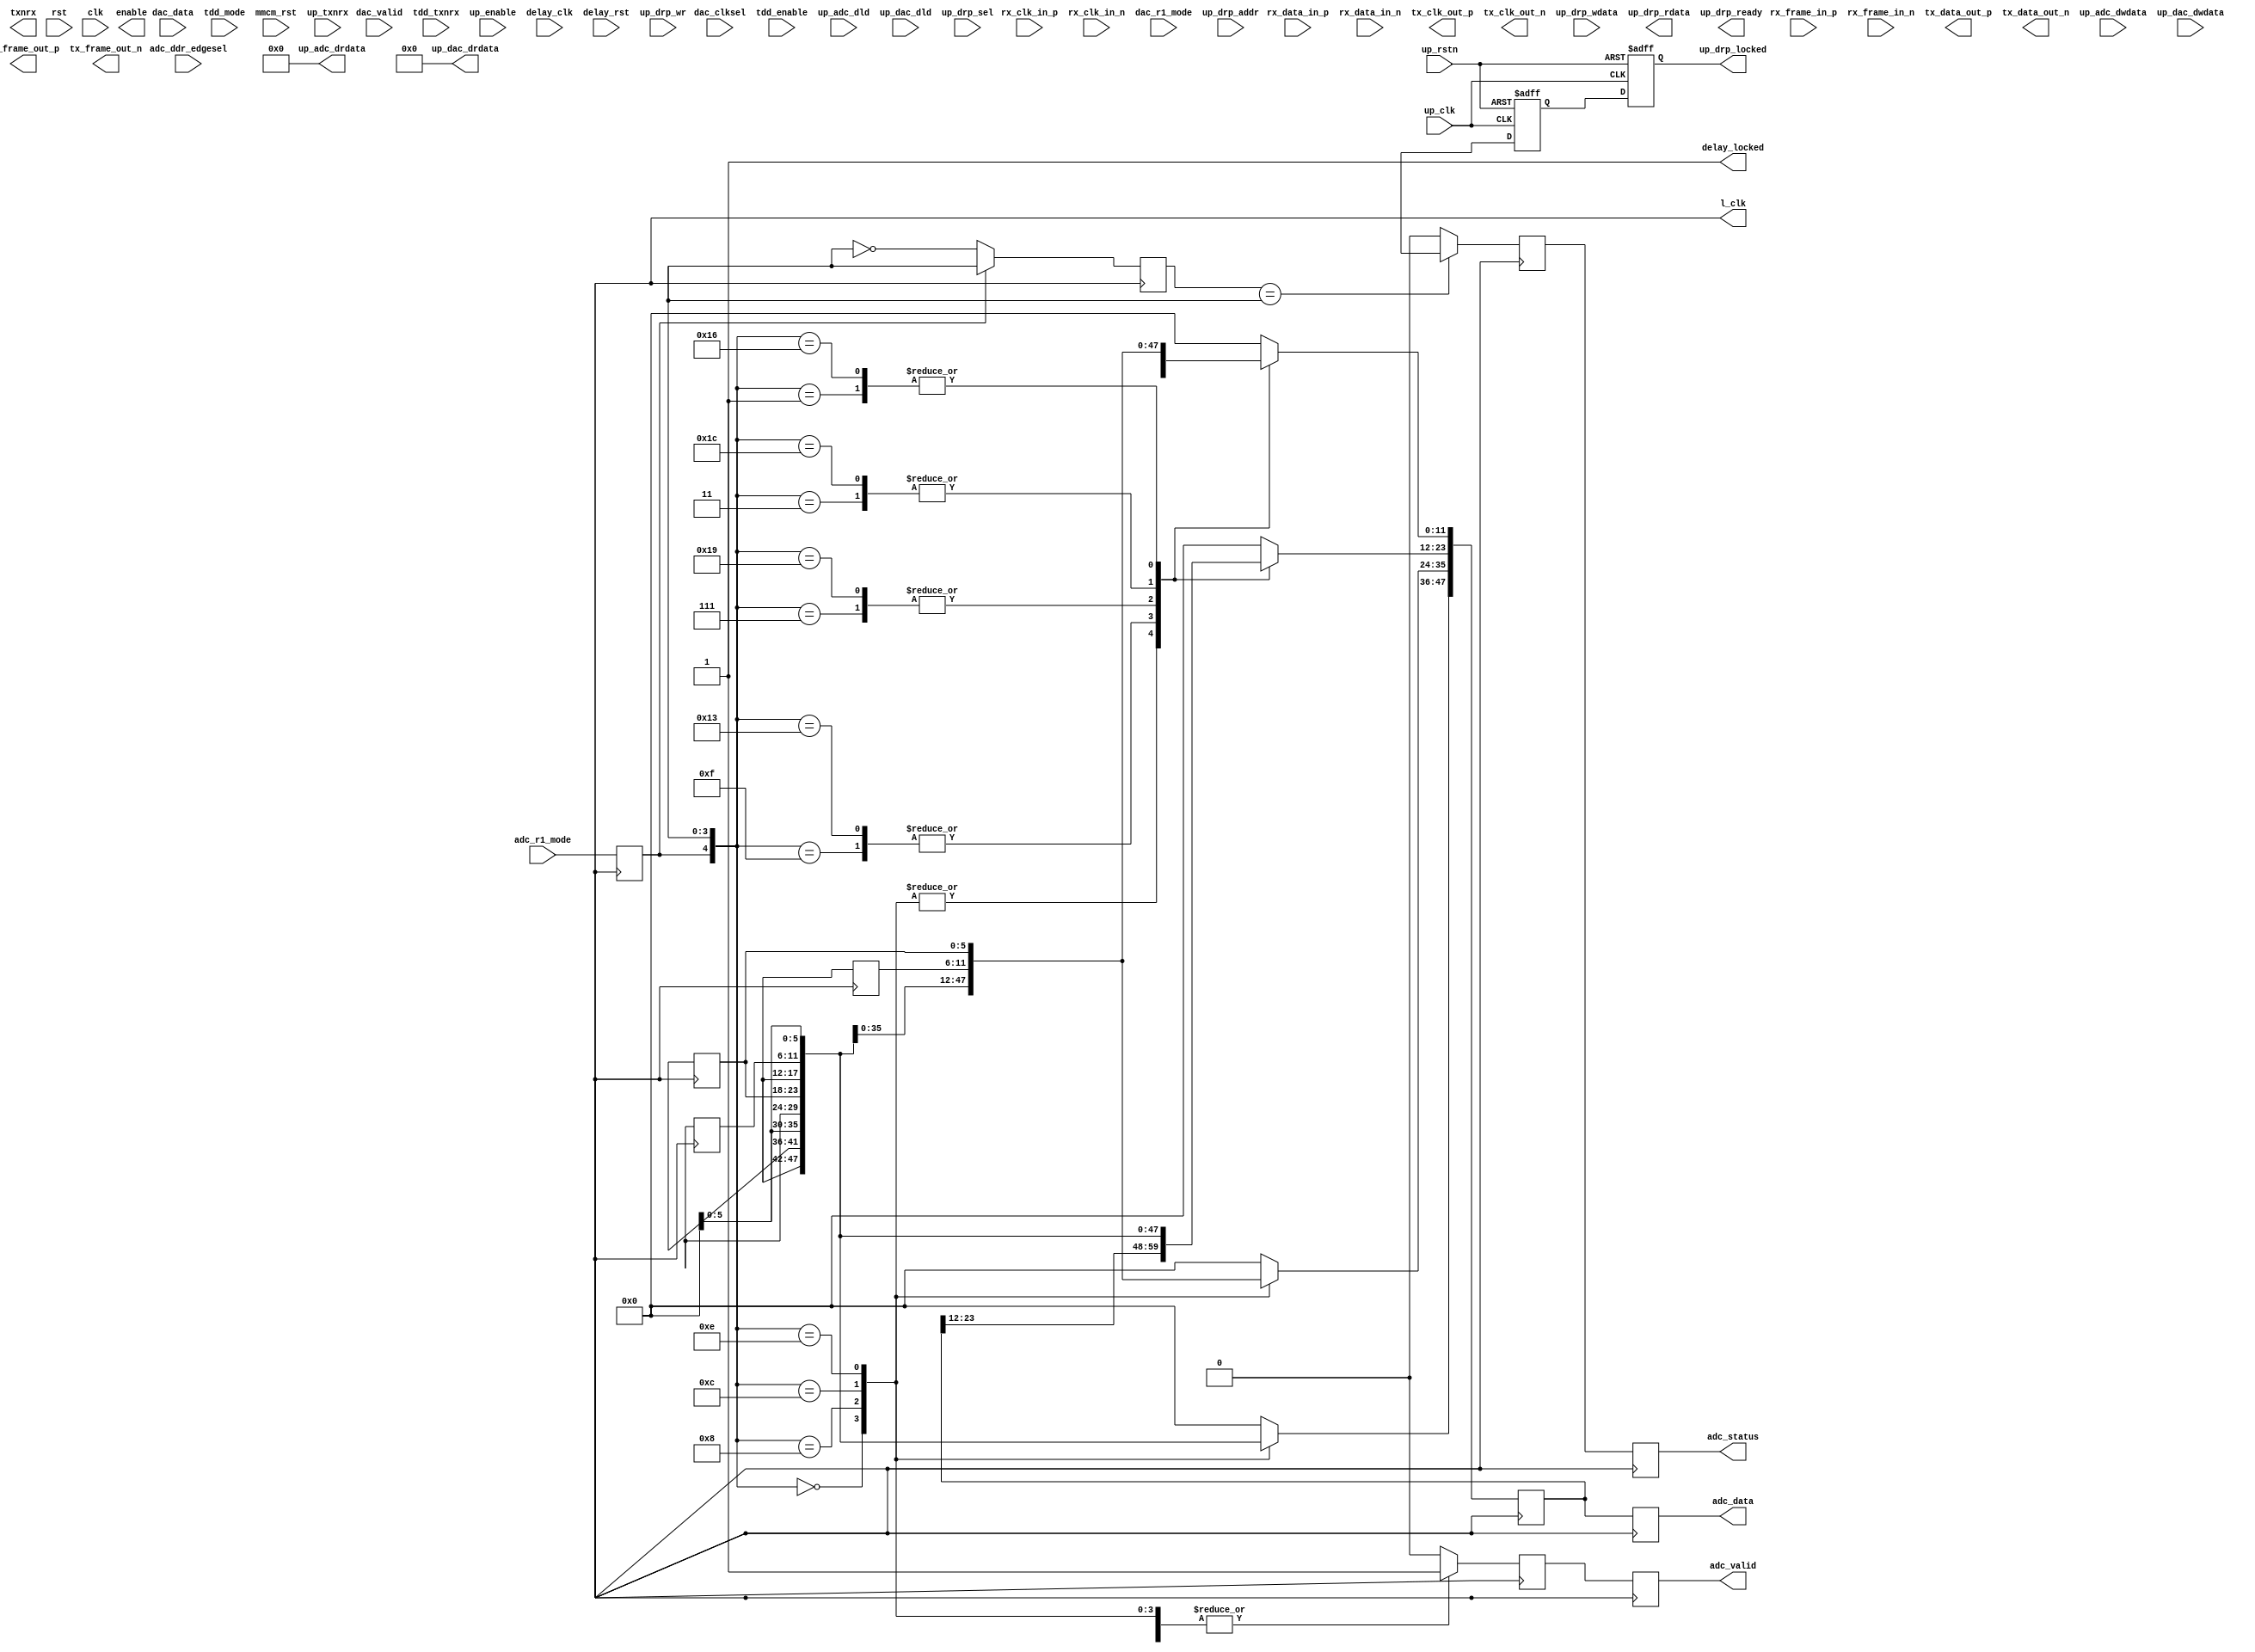
// ***************************************************************************
// ***************************************************************************
// Copyright (C) 2014-2023 Analog Devices, Inc. All rights reserved.
//
// In this HDL repository, there are many different and unique modules, consisting
// of various HDL (Verilog or VHDL) components. The individual modules are
// developed independently, and may be accompanied by separate and unique license
// terms.
//
// The user should read each of these license terms, and understand the
// freedoms and responsibilities that he or she has by using this source/core.
//
// This core is distributed in the hope that it will be useful, but WITHOUT ANY
// WARRANTY; without even the implied warranty of MERCHANTABILITY or FITNESS FOR
// A PARTICULAR PURPOSE.
//
// Redistribution and use of source or resulting binaries, with or without modification
// of this file, are permitted under one of the following two license terms:
//
//   1. The GNU General Public License version 2 as published by the
//      Free Software Foundation, which can be found in the top level directory
//      of this repository (LICENSE_GPL2), and also online at:
//      <https://www.gnu.org/licenses/old-licenses/gpl-2.0.html>
//
// OR
//
//   2. An ADI specific BSD license, which can be found in the top level directory
//      of this repository (LICENSE_ADIBSD), and also on-line at:
//      https://github.com/analogdevicesinc/hdl/blob/master/LICENSE_ADIBSD
//      This will allow to generate bit files and not release the source code,
//      as long as it attaches to an ADI device.
//
// ***************************************************************************
// ***************************************************************************

`timescale 1ns/100ps

module axi_ad9361_lvds_if #(

  parameter   FPGA_TECHNOLOGY = 0,
  parameter   DAC_IODELAY_ENABLE = 0,
  parameter   CLK_DESKEW = 0,

  // Dummy parameters, required keep the code consistency(used on Xilinx)
  parameter   USE_SSI_CLK = 1,
  parameter   IO_DELAY_GROUP = "dev_if_delay_group",
  parameter   IODELAY_CTRL = 1,
  parameter   DELAY_REFCLK_FREQUENCY = 0,
  parameter   RX_NODPA = 0
) (

  // physical interface (receive)

  input               rx_clk_in_p,
  input               rx_clk_in_n,
  input               rx_frame_in_p,
  input               rx_frame_in_n,
  input   [ 5:0]      rx_data_in_p,
  input   [ 5:0]      rx_data_in_n,

  // physical interface (transmit)

  output              tx_clk_out_p,
  output              tx_clk_out_n,
  output              tx_frame_out_p,
  output              tx_frame_out_n,
  output  [ 5:0]      tx_data_out_p,
  output  [ 5:0]      tx_data_out_n,

  // ensm control

  output              enable,
  output              txnrx,

  // clock (common to both receive and transmit)

  input               rst,
  input               clk,
  output              l_clk,

  // receive data path interface

  output              adc_valid,
  output      [47:0]  adc_data,
  output              adc_status,
  input               adc_r1_mode,
  input               adc_ddr_edgesel,

  // transmit data path interface

  input               dac_valid,
  input   [47:0]      dac_data,
  input               dac_clksel,
  input               dac_r1_mode,

  // tdd interface

  input               tdd_enable,
  input               tdd_txnrx,
  input               tdd_mode,

  // delay interface

  input               mmcm_rst,
  input               up_clk,
  input               up_rstn,
  input               up_enable,
  input               up_txnrx,
  input   [ 6:0]      up_adc_dld,
  input   [34:0]      up_adc_dwdata,
  output  [34:0]      up_adc_drdata,
  input   [ 9:0]      up_dac_dld,
  input   [49:0]      up_dac_dwdata,
  output  [49:0]      up_dac_drdata,
  input               delay_clk,
  input               delay_rst,
  output              delay_locked,

  // drp interface

  input               up_drp_sel,
  input               up_drp_wr,
  input   [11:0]      up_drp_addr,
  input   [31:0]      up_drp_wdata,
  output  [31:0]      up_drp_rdata,
  output              up_drp_ready,
  output              up_drp_locked
);

  // internal registers

  reg                 up_drp_locked_m1 = 1'd0;
  reg                 up_drp_locked_int = 1'd0;
  reg                 rx_r1_mode = 'd0;
  reg     [ 3:0]      rx_frame_d = 'd0;
  reg     [ 5:0]      rx_data_3 = 'd0;
  reg     [ 5:0]      rx_data_2 = 'd0;
  reg     [ 5:0]      rx_data_1 = 'd0;
  reg                 adc_valid_p = 'd0;
  reg     [47:0]      adc_data_p = 'd0;
  reg                 adc_status_p = 'd0;
  reg                 adc_valid_int = 'd0;
  reg     [47:0]      adc_data_int = 'd0;
  reg                 adc_status_int = 'd0;
  reg                 tx_valid = 'd0;
  reg     [47:0]      tx_data = 'd0;
  reg     [ 3:0]      tx_frame_p = 'd0;
  reg     [ 5:0]      tx_data_0_p = 'd0;
  reg     [ 5:0]      tx_data_1_p = 'd0;
  reg     [ 5:0]      tx_data_2_p = 'd0;
  reg     [ 5:0]      tx_data_3_p = 'd0;
  reg     [ 3:0]      tx_frame = 'd0;
  reg     [ 5:0]      tx_data_0 = 'd0;
  reg     [ 5:0]      tx_data_1 = 'd0;
  reg     [ 5:0]      tx_data_2 = 'd0;
  reg     [ 5:0]      tx_data_3 = 'd0;
  reg                 up_enable_int = 'd0;
  reg                 up_txnrx_int = 'd0;
  reg                 enable_up_m1 = 'd0;
  reg                 txnrx_up_m1 = 'd0;
  reg                 enable_up = 'd0;
  reg                 txnrx_up = 'd0;
  reg                 enable_int = 'd0;
  reg                 txnrx_int = 'd0;
  reg                 enable_int_p = 'd0;
  reg                 txnrx_int_p = 'd0;

  // internal signals

  wire                locked_s;
  wire    [ 3:0]      rx_frame_s;
  wire    [ 5:0]      rx_data_3_s;
  wire    [ 5:0]      rx_data_2_s;
  wire    [ 5:0]      rx_data_1_s;
  wire    [ 5:0]      rx_data_0_s;

  // local parameters

  localparam CYCLONE5 = 101;
  localparam ARRIA10  = 103;

  // unused interface signals

  assign up_adc_drdata = 35'b0;
  assign up_dac_drdata = 50'b0;
  assign delay_locked = 1'b1;

  // drp locked must be on up-clock

  assign up_drp_locked = up_drp_locked_int;

  always @(negedge up_rstn or posedge up_clk) begin
    if (up_rstn == 1'b0) begin
      up_drp_locked_m1 <= 1'd0;
      up_drp_locked_int <= 1'd0;
    end else begin
      up_drp_locked_m1 <= locked_s;
      up_drp_locked_int <= up_drp_locked_m1;
    end
  end

  // r1mode

  generate if (CLK_DESKEW) begin

    reg adc_r1_mode_n = 'd0;

    always @(negedge clk) begin
      adc_r1_mode_n <= adc_r1_mode;
    end

    always @(posedge l_clk) begin
      rx_r1_mode <= adc_r1_mode_n;
    end

  end else begin /* CLK_DESKEW == 0 */

    always @(posedge l_clk) begin
      rx_r1_mode <= adc_r1_mode;
    end

  end
  endgenerate

  // frame check

  always @(posedge l_clk) begin
    if (rx_r1_mode == 1'd1) begin
      rx_frame_d <= rx_frame_s;
    end else begin
      rx_frame_d <= ~rx_frame_s;
    end
  end

  // data hold

  always @(posedge l_clk) begin
    rx_data_3 <= rx_data_3_s;
    rx_data_2 <= rx_data_2_s;
    rx_data_1 <= rx_data_1_s;
  end

  // delineation

  always @(posedge l_clk) begin
    case ({rx_r1_mode, rx_frame_s})
      5'b01111: begin
        adc_valid_p <= 1'b0;
        adc_data_p[47:24] <= 24'd0;
        adc_data_p[23:12] <= {rx_data_1_s, rx_data_3_s};
        adc_data_p[11: 0] <= {rx_data_0_s, rx_data_2_s};
      end
      5'b00000: begin
        adc_valid_p <= 1'b1;
        adc_data_p[47:36] <= {rx_data_1_s, rx_data_3_s};
        adc_data_p[35:24] <= {rx_data_0_s, rx_data_2_s};
        adc_data_p[23: 0] <= adc_data_p[23:0];
      end
      5'b00111: begin
        adc_valid_p <= 1'b0;
        adc_data_p[47:24] <= 24'd0;
        adc_data_p[23:12] <= {rx_data_0_s, rx_data_2_s};
        adc_data_p[11: 0] <= {rx_data_3, rx_data_1_s};
      end
      5'b01000: begin
        adc_valid_p <= 1'b1;
        adc_data_p[47:36] <= {rx_data_0_s, rx_data_2_s};
        adc_data_p[35:24] <= {rx_data_3, rx_data_1_s};
        adc_data_p[23: 0] <= adc_data_p[23:0];
      end
      5'b00011: begin
        adc_valid_p <= 1'b0;
        adc_data_p[47:24] <= 24'd0;
        adc_data_p[23:12] <= {rx_data_3, rx_data_1_s};
        adc_data_p[11: 0] <= {rx_data_2, rx_data_0_s};
      end
      5'b01100: begin
        adc_valid_p <= 1'b1;
        adc_data_p[47:36] <= {rx_data_3, rx_data_1_s};
        adc_data_p[35:24] <= {rx_data_2, rx_data_0_s};
        adc_data_p[23: 0] <= adc_data_p[23:0];
      end
      5'b00001: begin
        adc_valid_p <= 1'b0;
        adc_data_p[47:24] <= 24'd0;
        adc_data_p[23:12] <= {rx_data_2, rx_data_0_s};
        adc_data_p[11: 0] <= {rx_data_1, rx_data_3};
      end
      5'b01110: begin
        adc_valid_p <= 1'b1;
        adc_data_p[47:36] <= {rx_data_2, rx_data_0_s};
        adc_data_p[35:24] <= {rx_data_1, rx_data_3};
        adc_data_p[23: 0] <= adc_data_p[23:0];
      end
      5'b10011: begin
        adc_valid_p <= 1'b1;
        adc_data_p[47:24] <= 24'd0;
        adc_data_p[23:12] <= {rx_data_1_s, rx_data_3_s};
        adc_data_p[11: 0] <= {rx_data_0_s, rx_data_2_s};
      end
      5'b11001: begin
        adc_valid_p <= 1'b1;
        adc_data_p[47:24] <= 24'd0;
        adc_data_p[23:12] <= {rx_data_0_s, rx_data_2_s};
        adc_data_p[11: 0] <= {rx_data_3, rx_data_1_s};
      end
      5'b11100: begin
        adc_valid_p <= 1'b1;
        adc_data_p[47:24] <= 24'd0;
        adc_data_p[23:12] <= {rx_data_3, rx_data_1_s};
        adc_data_p[11: 0] <= {rx_data_2, rx_data_0_s};
      end
      5'b10110: begin
        adc_valid_p <= 1'b1;
        adc_data_p[47:24] <= 24'd0;
        adc_data_p[23:12] <= {rx_data_2, rx_data_0_s};
        adc_data_p[11: 0] <= {rx_data_1, rx_data_3};
      end
      default: begin
        adc_valid_p <= 1'b0;
        adc_data_p <= 48'd0;
      end
    endcase
  end

  // adc-status

  always @(posedge l_clk) begin
    if (rx_frame_d == rx_frame_s) begin
      adc_status_p <= locked_s;
    end else begin
      adc_status_p <= 1'b0;
    end
  end

  // transfer to common clock

  generate if (CLK_DESKEW) begin

    reg         adc_valid_n = 'd0;
    reg [47:0]  adc_data_n = 'd0;
    reg         adc_status_n = 'd0;

    always @(negedge l_clk) begin
      adc_valid_n <= adc_valid_p;
      adc_data_n <= adc_data_p;
      adc_status_n <= adc_status_p;
    end

    always @(posedge clk) begin
      adc_valid_int <= adc_valid_n;
      adc_data_int <= adc_data_n;
      adc_status_int <= adc_status_n;
    end

  end else begin /* CLK_DESKEW == 0 */

    always @(posedge l_clk) begin
      adc_valid_int <= adc_valid_p;
      adc_data_int <= adc_data_p;
      adc_status_int <= adc_status_p;
    end

  end
  endgenerate

  assign adc_valid = adc_valid_int;
  assign adc_data = adc_data_int;
  assign adc_status = adc_status_int;

  // dac-tx interface

  always @(posedge clk) begin
    tx_valid <= dac_valid;
    if (dac_valid == 1'b1) begin
      tx_data <= dac_data;
    end
  end

  always @(posedge clk) begin
    if (dac_r1_mode == 1'b1) begin
      tx_frame_p <= 4'b0011;
      tx_data_0_p <= tx_data[11: 6];
      tx_data_1_p <= tx_data[23:18];
      tx_data_2_p <= tx_data[ 5: 0];
      tx_data_3_p <= tx_data[17:12];
    end else if (tx_valid == 1'b1) begin
      tx_frame_p <= 4'b1111;
      tx_data_0_p <= tx_data[11: 6];
      tx_data_1_p <= tx_data[23:18];
      tx_data_2_p <= tx_data[ 5: 0];
      tx_data_3_p <= tx_data[17:12];
    end else begin
      tx_frame_p <= 4'b0000;
      tx_data_0_p <= tx_data[35:30];
      tx_data_1_p <= tx_data[47:42];
      tx_data_2_p <= tx_data[29:24];
      tx_data_3_p <= tx_data[41:36];
    end
  end

  // transfer to local clock

  generate if (CLK_DESKEW) begin

    reg         tx_frame_n = 'd0;
    reg [ 5:0]  tx_data_0_n = 'd0;
    reg [ 5:0]  tx_data_1_n = 'd0;
    reg [ 5:0]  tx_data_2_n = 'd0;
    reg [ 5:0]  tx_data_3_n = 'd0;

    always @(negedge clk) begin
      tx_frame_n <= tx_frame_p;
      tx_data_0_n <= tx_data_0_p;
      tx_data_1_n <= tx_data_1_p;
      tx_data_2_n <= tx_data_2_p;
      tx_data_3_n <= tx_data_3_p;
    end

    always @(posedge l_clk) begin
      tx_frame <= tx_frame_n;
      tx_data_0 <= tx_data_0_n;
      tx_data_1 <= tx_data_1_n;
      tx_data_2 <= tx_data_2_n;
      tx_data_3 <= tx_data_3_n;
    end

  end else begin /* CLK_DESKEW == 0 */

    always @(posedge l_clk) begin
      tx_frame <= tx_frame_p;
      tx_data_0 <= tx_data_0_p;
      tx_data_1 <= tx_data_1_p;
      tx_data_2 <= tx_data_2_p;
      tx_data_3 <= tx_data_3_p;
    end

  end
  endgenerate

  // tdd/ensm control

  always @(posedge up_clk) begin
    up_enable_int <= up_enable;
    up_txnrx_int <= up_txnrx;
  end

  always @(posedge clk or posedge rst) begin
    if (rst == 1'b1) begin
      enable_up_m1 <= 1'b0;
      txnrx_up_m1 <= 1'b0;
      enable_up <= 1'b0;
      txnrx_up <= 1'b0;
    end else begin
      enable_up_m1 <= up_enable_int;
      txnrx_up_m1 <= up_txnrx_int;
      enable_up <= enable_up_m1;
      txnrx_up <= txnrx_up_m1;
    end
  end

  always @(posedge clk) begin
    if (tdd_mode == 1'b1) begin
      enable_int <= tdd_enable;
      txnrx_int <= tdd_txnrx;
    end else begin
      enable_int <= enable_up;
      txnrx_int <= txnrx_up;
    end
  end

  generate if (CLK_DESKEW) begin

    reg enable_int_n = 'd0;
    reg txnrx_int_n = 'd0;

    always @(negedge clk) begin
      enable_int_n <= enable_int;
      txnrx_int_n <= txnrx_int;
    end

    always @(posedge l_clk) begin
      enable_int_p <= enable_int_n;
      txnrx_int_p <= txnrx_int_n;
    end

  end else begin /* CLK_DESKEW == 0 */

    always @(posedge l_clk) begin
      enable_int_p <= enable_int;
      txnrx_int_p <= txnrx_int;
    end

  end
  endgenerate

  generate
  if (FPGA_TECHNOLOGY == CYCLONE5) begin
  axi_ad9361_lvds_if_c5 i_axi_ad9361_lvds_if_c5 (
    .rx_clk_in_p (rx_clk_in_p),
    .rx_clk_in_n (rx_clk_in_n),
    .rx_frame_in_p (rx_frame_in_p),
    .rx_frame_in_n (rx_frame_in_n),
    .rx_data_in_p (rx_data_in_p),
    .rx_data_in_n (rx_data_in_n),
    .tx_clk_out_p (tx_clk_out_p),
    .tx_clk_out_n (tx_clk_out_n),
    .tx_frame_out_p (tx_frame_out_p),
    .tx_frame_out_n (tx_frame_out_n),
    .tx_data_out_p (tx_data_out_p),
    .tx_data_out_n (tx_data_out_n),
    .enable (enable),
    .txnrx (txnrx),
    .clk (l_clk),
    .rx_frame (rx_frame_s),
    .rx_data_0 (rx_data_0_s),
    .rx_data_1 (rx_data_1_s),
    .rx_data_2 (rx_data_2_s),
    .rx_data_3 (rx_data_3_s),
    .tx_frame (tx_frame),
    .tx_data_0 (tx_data_0),
    .tx_data_1 (tx_data_1),
    .tx_data_2 (tx_data_2),
    .tx_data_3 (tx_data_3),
    .tx_enable (enable_int_p),
    .tx_txnrx (txnrx_int_p),
    .locked (locked_s),
    .up_clk (up_clk),
    .up_rstn (up_rstn));
  end
  endgenerate

  generate
  if (FPGA_TECHNOLOGY == ARRIA10) begin
  axi_ad9361_lvds_if_10 #(
    .RX_NODPA (RX_NODPA)
  ) i_axi_ad9361_lvds_if_10 (
    .rx_clk_in_p (rx_clk_in_p),
    .rx_clk_in_n (rx_clk_in_n),
    .rx_frame_in_p (rx_frame_in_p),
    .rx_frame_in_n (rx_frame_in_n),
    .rx_data_in_p (rx_data_in_p),
    .rx_data_in_n (rx_data_in_n),
    .tx_clk_out_p (tx_clk_out_p),
    .tx_clk_out_n (tx_clk_out_n),
    .tx_frame_out_p (tx_frame_out_p),
    .tx_frame_out_n (tx_frame_out_n),
    .tx_data_out_p (tx_data_out_p),
    .tx_data_out_n (tx_data_out_n),
    .enable (enable),
    .txnrx (txnrx),
    .clk (l_clk),
    .rx_frame (rx_frame_s),
    .rx_data_0 (rx_data_0_s),
    .rx_data_1 (rx_data_1_s),
    .rx_data_2 (rx_data_2_s),
    .rx_data_3 (rx_data_3_s),
    .tx_frame (tx_frame),
    .tx_data_0 (tx_data_0),
    .tx_data_1 (tx_data_1),
    .tx_data_2 (tx_data_2),
    .tx_data_3 (tx_data_3),
    .tx_enable (enable_int_p),
    .tx_txnrx (txnrx_int_p),
    .locked (locked_s),
    .up_clk (up_clk),
    .up_rstn (up_rstn));
  end
  endgenerate

endmodule